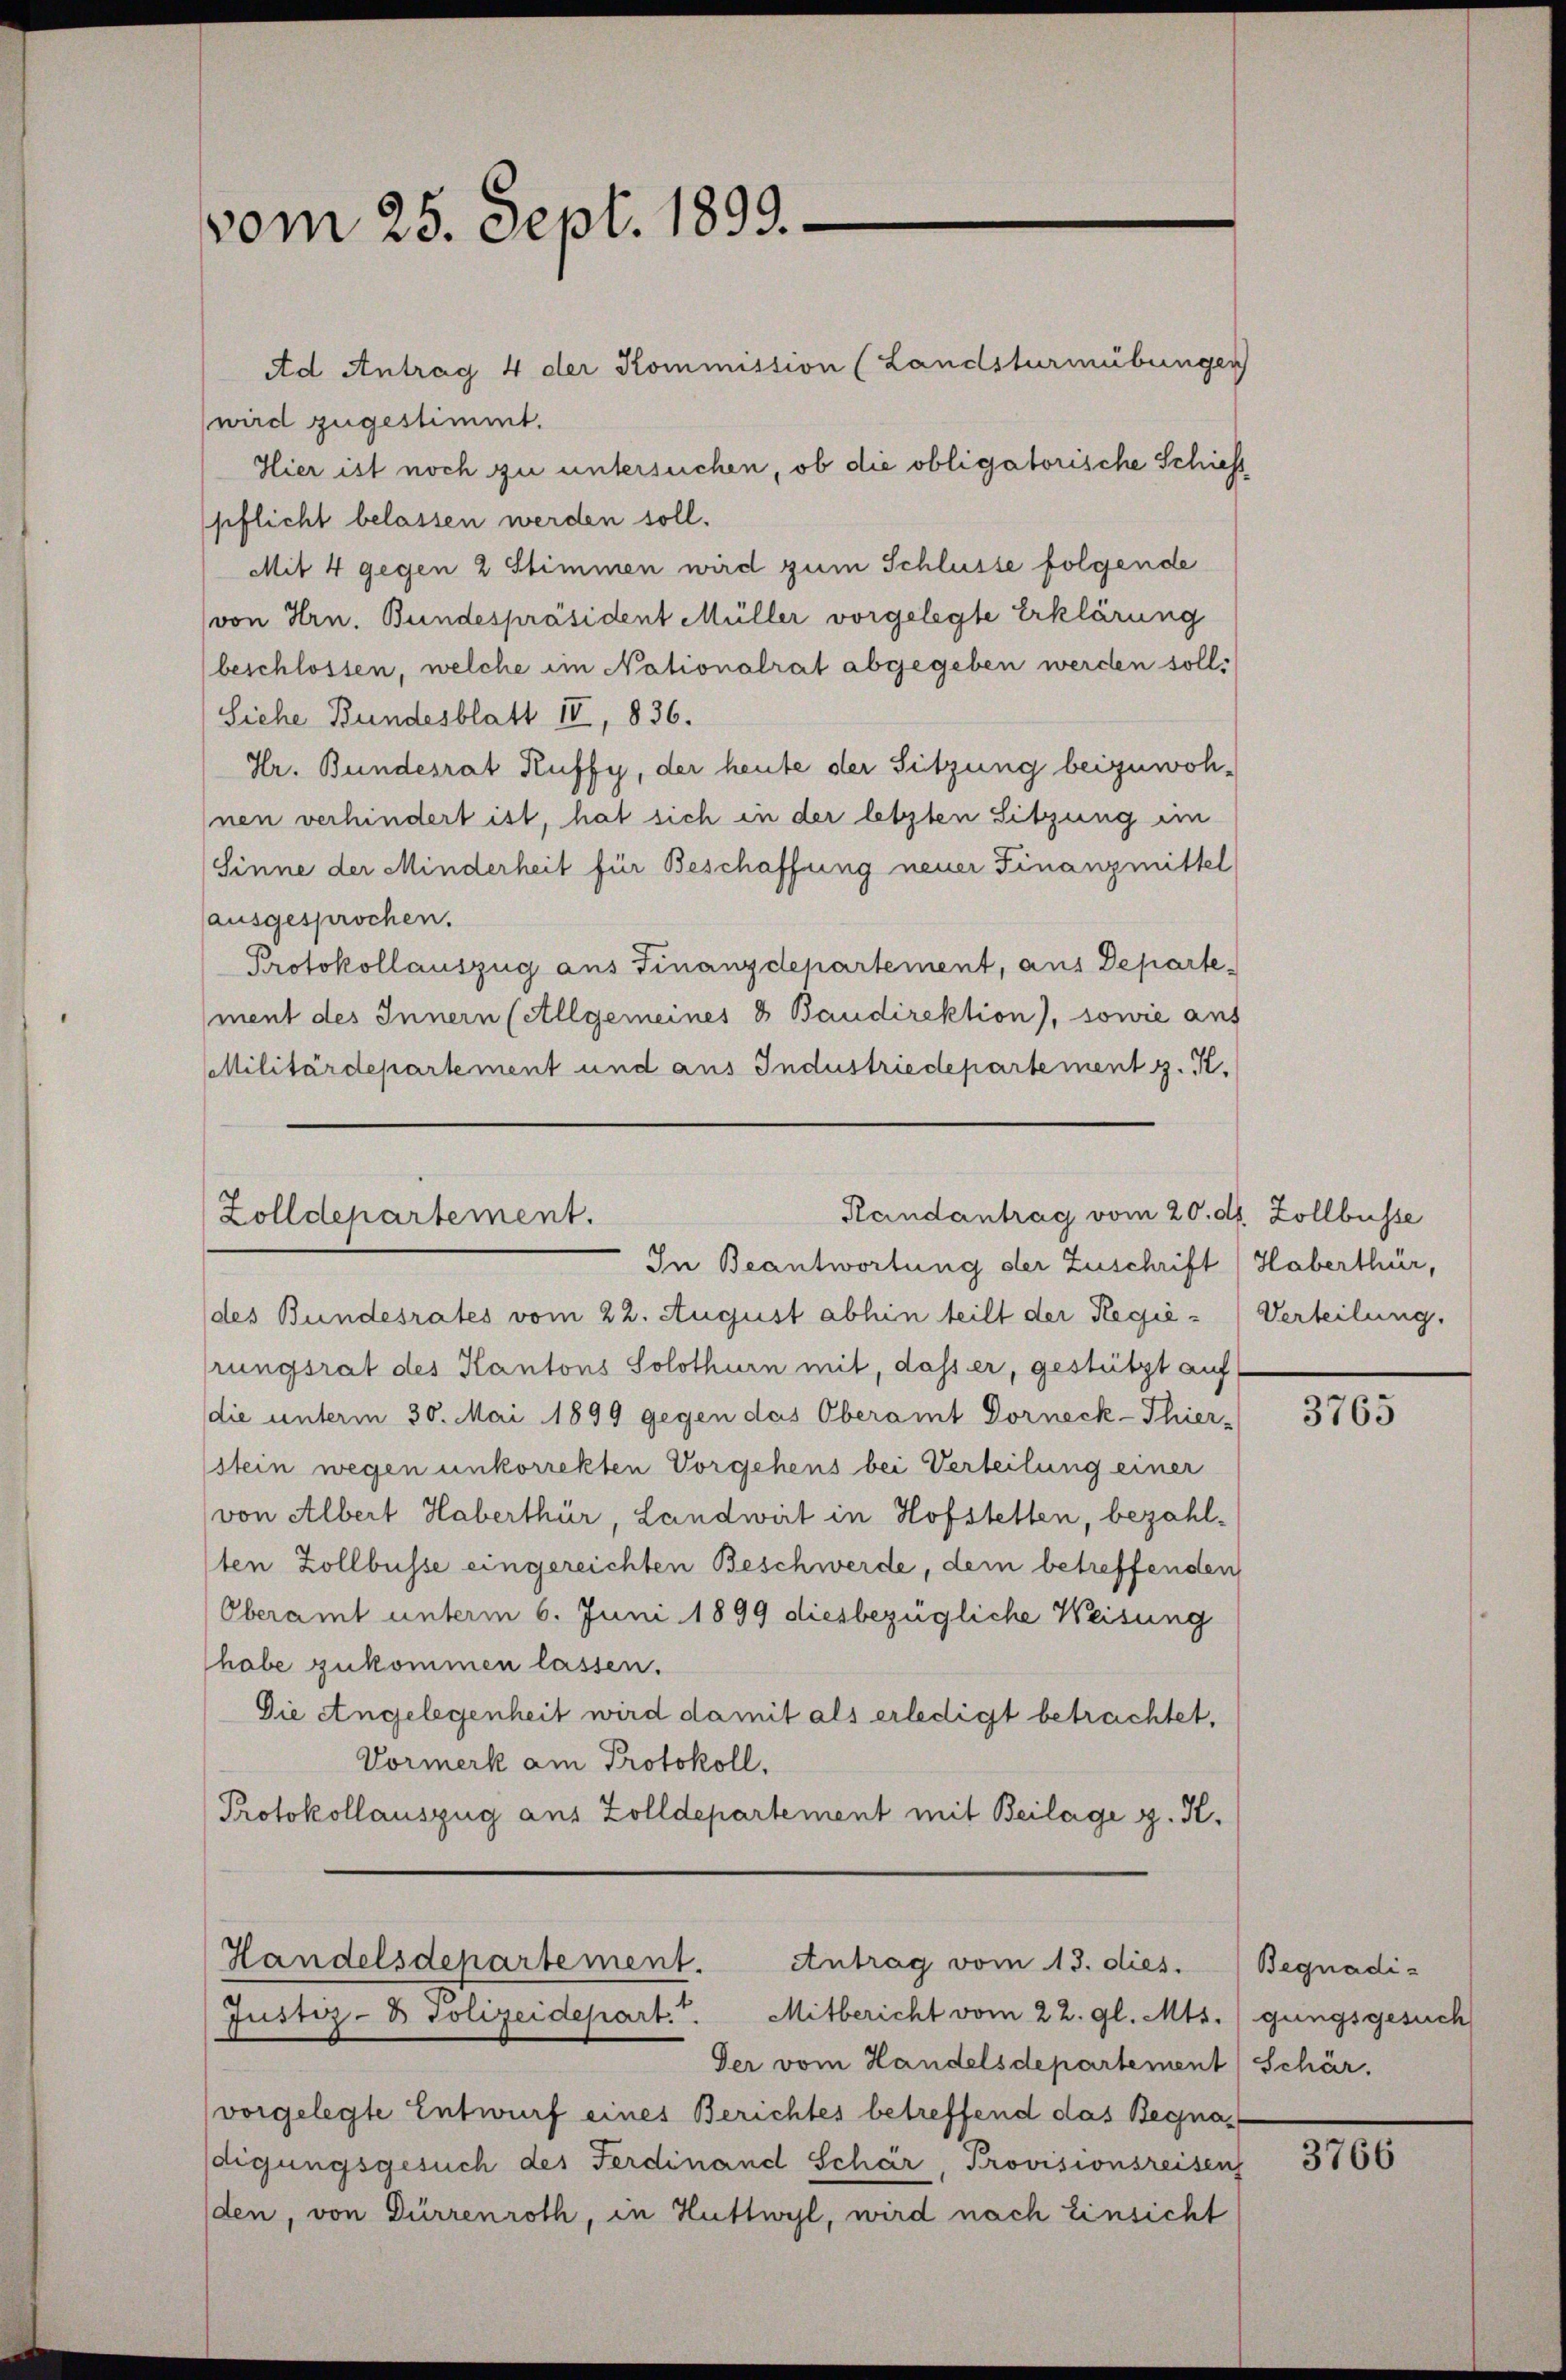
vom 25. Sept. 1899.

Ad Antrag 4 der Kommission (Landsturmübungen
wird zugestimmt.
Hier ist noch zu untersuchen, ob die obligatorische Schieß
pflicht belassen werden soll.
Mit 4 gegen 2 Stimmen wird zum Schlüsse folgende
von Hrn. Bundespräsident Müller vorgelegte Erklärung
beschlossen, welche im Nationalrat abgegeben werden soll:
Siehe Bundesblatt II, 836.
Hr. Bundesrat Ruffy, der heute der Sitzung beizuwoh-
Inen verhindert ist, hat sich in der letzten Sitzung im
Sinne der Minderheit für Beschaffung neuer Finanzmittel
ausgesprochen.
Protokollauszug aus Finanzdepartement, aus Departement des Innern (Allgemeines & Baudirektion), sowie aus
Militärdepartement und aus Industriedepartement z. K.

Randantrag vom 20.
Zolldepartement.

In Beantwortung der Zuschrift (Haberthür,
(des Bundesrates vom 22. August abhin teilt der Regierungsrat des Kantons Solothurn mit, dass er, gestützt auf
die unterm 30. Mai 1899 gegen das Oberamt Dorneck-Thier-
stein wegen unkorrekten Vorgehens bei Verteilung einer
von Albert Haberthür, Landwirt in Hofstellen, bezahlten Zollbusse eingereichten Beschwerde, dem betreffenden
Oberamt unterm 6. Juni 1899 diesbezügliche Weisung
habe zukommen lassen.
Die Angelegenheit wird damit als erledigt betrachtet,
Vormerk am Protokoll.
Protokollauszug aus Zolldepartement mit Beilage z. K.
Handelsdepartement.
Antrag vom 13. dies.
Justiz- & Polizeidepart. Mitbericht vom 22. gl. Mts. (gungsgesuch
Der vom Handelsdepartement Schär.
vorgelegte Entwurf eines Berichtes betreffend das Begnadigungsgesuch des Ferdinand Schär, Provisionsreisen
den, von Dürrenroth, in Huttwyl, wird nach Einsicht

d. Zollbusse
Verteilung.

3765

Begnadi¬

3766